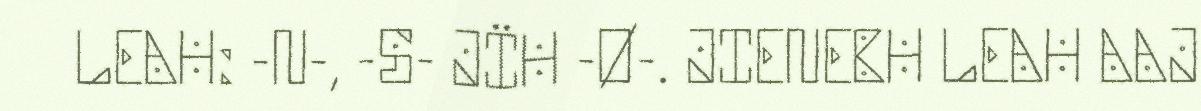
LEAH: -N-, -S- JÏH -Ø-. JIENEBH LEAH AAJ